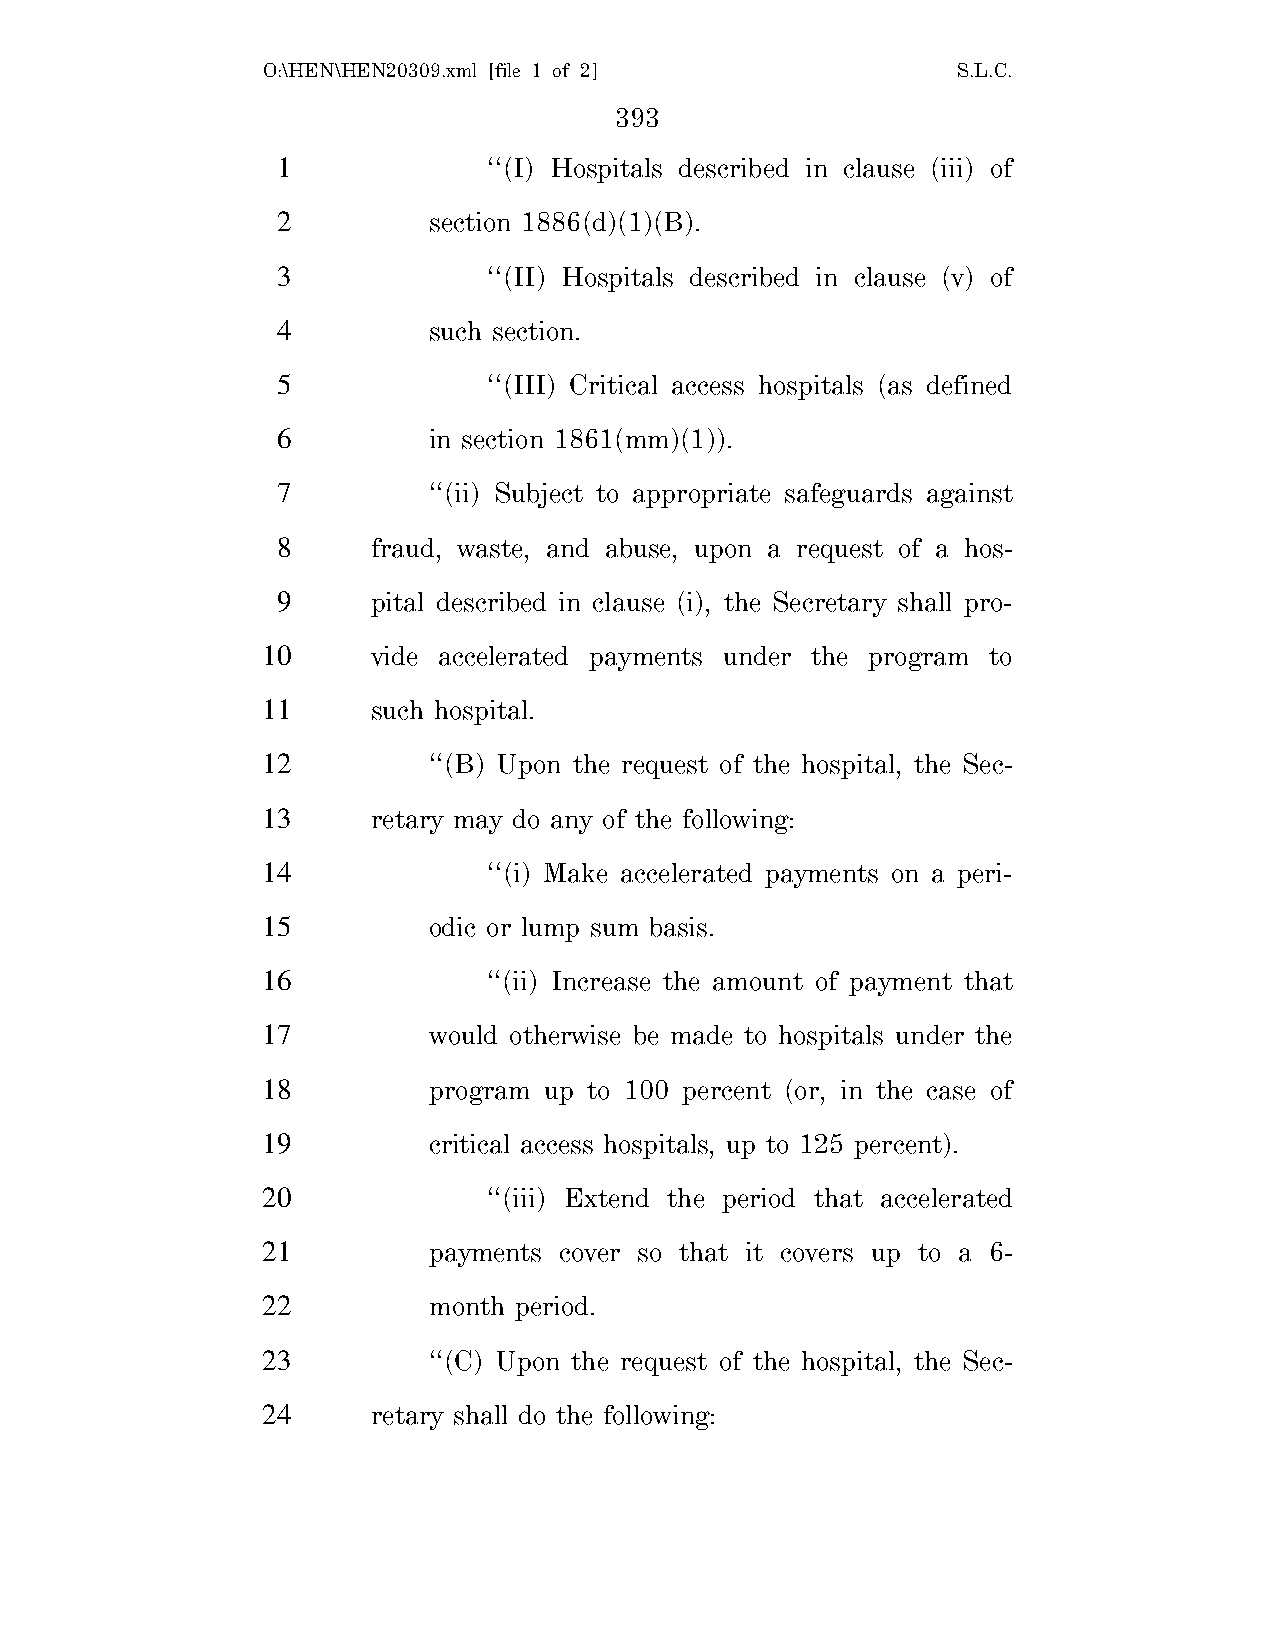
O:\HEN\HEN20309.xml [file 1 of 2]             S.L.C.
 393
 1             ‘‘(I) Hospitals described in clause (iii) of
 2         section 1886(d)(1)(B).
 3             ‘‘(II) Hospitals described in clause (v) of
 4         such section.
 5             ‘‘(III) Critical access hospitals (as defined
 6         in section 1861(mm)(1)).
 7         ‘‘(ii) Subject to appropriate safeguards against
 8      fraud, waste, and abuse, upon a request of a hos-
 9      pital described in clause (i), the Secretary shall pro-
 10      vide accelerated payments under the program to
 11      such hospital.
 12         ‘‘(B) Upon the request of the hospital, the Sec-
 13      retary may do any of the following:
 14             ‘‘(i) Make accelerated payments on a peri-
 15         odic or lump sum basis.
 16             ‘‘(ii) Increase the amount of payment that
 17         would otherwise be made to hospitals under the
 18         program up to 100 percent (or, in the case of
 19         critical access hospitals, up to 125 percent).
 20             ‘‘(iii) Extend the period that accelerated
 21         payments cover so that it covers up to a 6-
 22         month period.
 23         ‘‘(C) Upon the request of the hospital, the Sec-
 24      retary shall do the following: